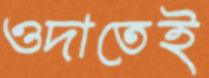
ওদাতেই